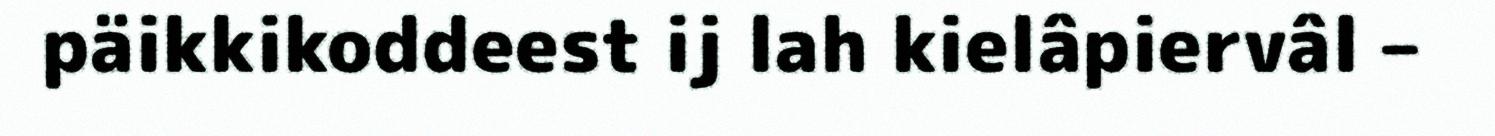
päikkikoddeest ij lah kielâpiervâl –